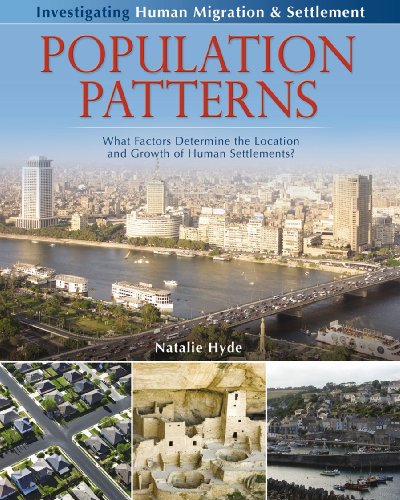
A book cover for Population Patterns: What Factors Determine the Location and Growth of Human Settlements? (Investigating Human Migration & Settlement); Natalie Hyde; Children's Books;